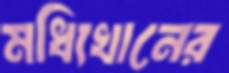
মধ্যিখানের